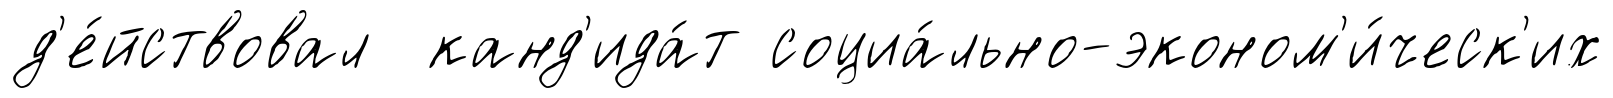
д'е́йствовал канд'ида́т социа́льно-эконом'и́ческ'их